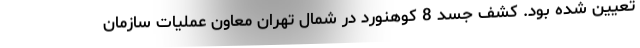
تعیین شده بود. کشف جسد 8 کوهنورد در شمال تهران معاون عملیات سازمان